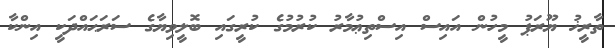
ތާރީޚު ޔޫރަޕު މީހުން އައިސް އިސްތިޢުމާރު ކުރުމުގެ ކުރީގައި ބޮލީވިޔާގެ ސަރަޙައްދަކީ އިންކާ